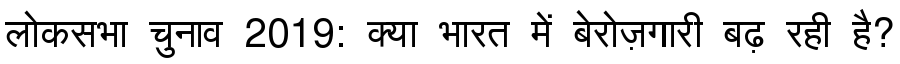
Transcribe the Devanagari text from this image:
लोकसभा चुनाव 2019: क्या भारत में बेरोज़गारी बढ़ रही है?